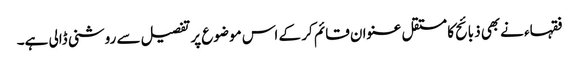
فقہاء نےبھی ذبائح کا مستقل عنوان قائم کر کے اس موضوع پر تفصیل سے روشنی ڈالی ہے۔